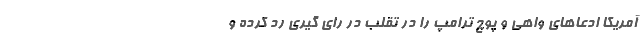
آمریکا ادعاهای واهی و پوچ ترامپ را در تقلب در رای گیری رد کرده و